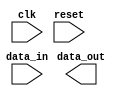
module Generate_Parameterized_Module #(
  parameter WIDTH = 8
) (
  input [WIDTH-1:0] data_in,
  input clk,
  input reset,
  output reg [WIDTH-1:0] data_out
);

  // Combinational logic
  always @* begin
    // Your combinational logic here
  end

  // Sequential logic
  always @(posedge clk or posedge reset) begin
    if (reset) begin
      // Reset logic here
    end else begin
      // Your sequential logic here
    end
  end

endmodule